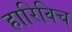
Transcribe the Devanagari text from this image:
हारिविच